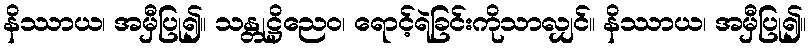
နိဿာယ၊ အမှီပြု၍။ သန္တုဋ္ဌိညေဝ၊ ရောင့်ရဲခြင်းကိုသာလျှင်။ နိဿာယ၊ အမှီပြု၍။